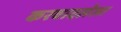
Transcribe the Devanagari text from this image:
करवादलेला